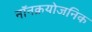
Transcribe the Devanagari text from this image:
नॉनक्रयोजनिक